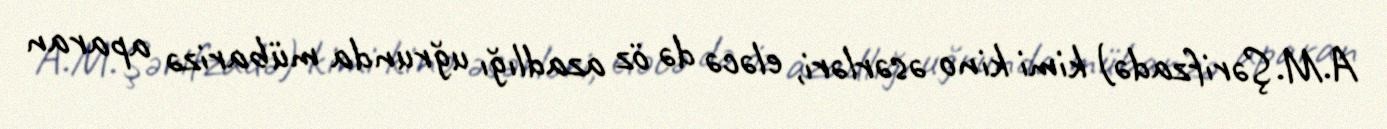
A.M.Şərifzadə) kimi kino əsərləri, eləcə də öz azadlığı uğrunda mübarizə aparan